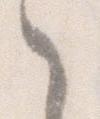
ゝ